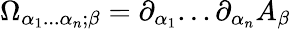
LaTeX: \Omega_{\alpha_{1}...\alpha_{n};\beta}=\partial_{\alpha_{1}}...\partial_{\alpha_{n}}A_{\beta}